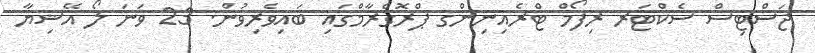
ޖަސްޓިސް ސެކްޓަރ ރިފޯމް ޓްރެއިނިންގ ޕްރޮގްރާމްގައި ބައިވެރިވުން. 23 ވަނަ ލޯ އޭޝިޔާ